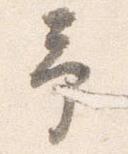
予